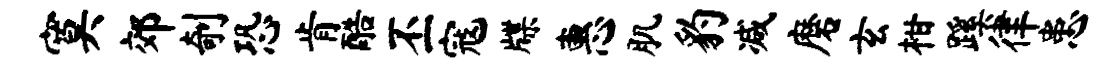
寞郊剞恐肯酷丕寇牒惠肌豹减磨玄柑蹊律患